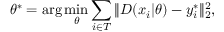
\theta ^ { * } = \arg \operatorname* { m i n } _ { \theta } \sum _ { i \in T } \| D ( x _ { i } | \theta ) - y _ { i } ^ { * } \| _ { 2 } ^ { 2 } ,